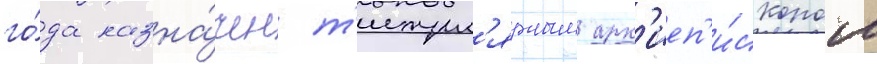
го́да назна́чен т'итул'ярным арх'иеп'и́скопом